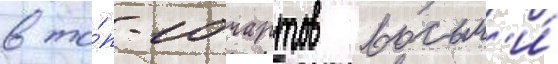
в то́п-10 чартов восьм'и́